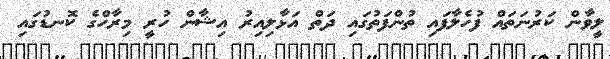
ލީވާން ކަރުނަތައް ފުހެލާފައި ތުންފަތުގައި ދަތް އަޅާލިއިރު އިޝާން ހުރީ މިރާހްގެ ކޮނޑުގައި